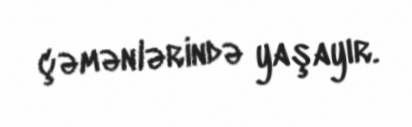
çəmənlərində yaşayır.